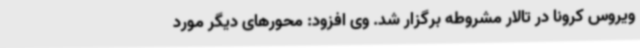
ویروس کرونا در تالار مشروطه برگزار شد. وی افزود: محورهای دیگر مورد